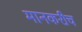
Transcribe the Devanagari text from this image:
मानकरीच